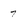
Character: 7